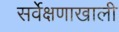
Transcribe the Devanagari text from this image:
सर्वेक्षणाखाली